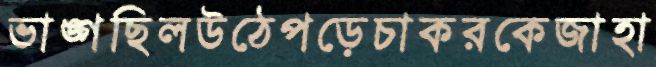
ভাঙ্গছিলউঠেপড়েচাকরকেজাহা